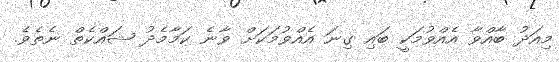
މިއަދު ބާއްވާ އެއްވުމަކީ ބައި ގިނަ އެއްވުމަކަށް ވާނެ ކަމާމެދު ޝައްކެތް ނެތެވެ.